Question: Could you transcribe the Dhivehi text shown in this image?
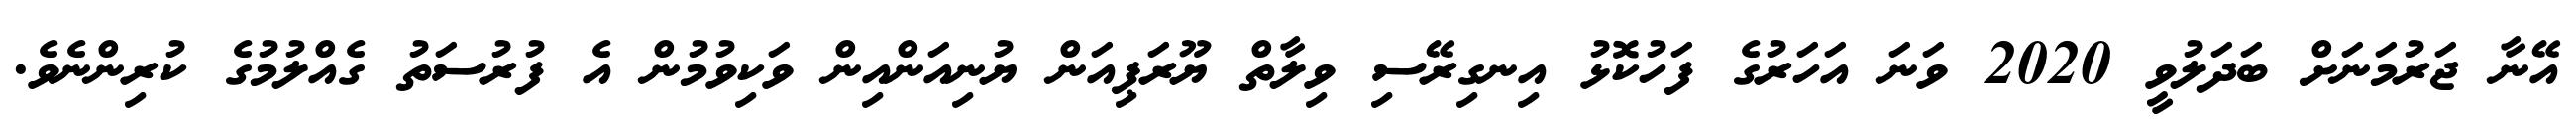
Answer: އޭނާ ޖަރުމަނަށް ބަދަލުވީ 2020 ވަނަ އަހަރުގެ ފަހުކޮޅު އިނގިރޭސި ވިލާތް ޔޫރަޕިއަން ޔުނިއަންއިން ވަކިވުމުން އެ ފުރުސަތު ގެއްލުމުގެ ކުރިންނެވެ.